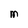
Character: M